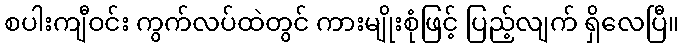
စပါးကျီဝင်း ကွက်လပ်ထဲတွင် ကားမျိုးစုံဖြင့် ပြည့်လျက် ရှိလေပြီ။